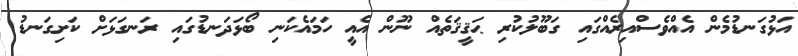
އަޅުގަނޑުމެން އެއްވެސްއިރެއްގައި ގަބޫލުކުރި ޙަޤީޤަތެއް ނޫން އެއީ ހަމައެކަނި ބޯޅަދަނޑުގައި ރަނގަޅަށް ކަށިގަނޑު